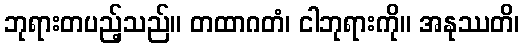
ဘုရားတပည့်သည်။ တထာဂတံ၊ ငါဘုရားကို။ အနုဿတိ၊